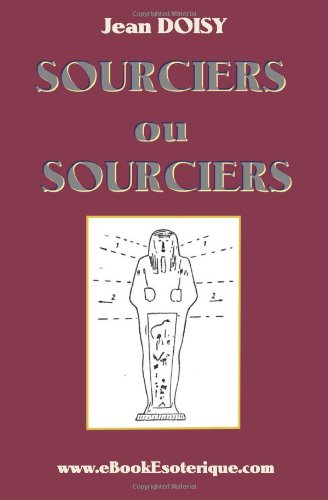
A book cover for Sourciers ou Sorciers ?: Leurs conseils, leurs decouvertes, leurs secrets. (French Edition); Jean Doisy; Religion & Spirituality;